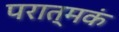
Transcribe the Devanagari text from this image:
परात्मकं